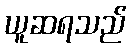
ယူဆရသည်